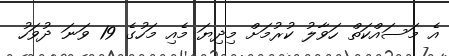
އެ މަސައްކަތް ހަވާލު ކުރުމަށް މިދިޔަ މެއި މަހުގެ 19 ވަނަ ދުވަހު